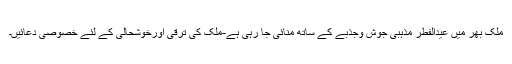
ملک بھر میں عیدالفطر مذہبی جوش وجذبے کے ساتھ منائی جا رہی ہے-ملک کی ترقی اورخوشحالی کے لئے خصوصی دعائیں۔